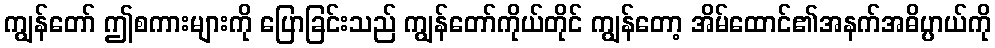
ကျွန်တော် ဤစကားများကို ပြောခြင်းသည် ကျွန်တော်ကိုယ်တိုင် ကျွန်တော့ အိမ်ထောင်၏အနက်အဓိပ္ပာယ်ကို